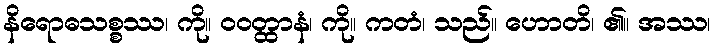
နိရောဓသစ္စဿ၊ ကို။ ဝဝတ္ထာနံ၊ ကို။ ကတံ၊ သည်။ ဟောတိ၊ ၏။ အဿ၊